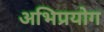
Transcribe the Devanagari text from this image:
अभिप्रयोग